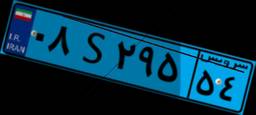
۰۸S۲۹۵۵۴